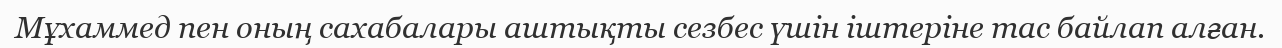
Мұхаммед пен оның сахабалары аштықты сезбес үшін іштеріне тас байлап алған.